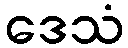
ဒေသံ